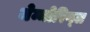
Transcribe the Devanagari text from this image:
मेम्मोरिय्ल